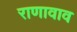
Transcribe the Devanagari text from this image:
राणावाव